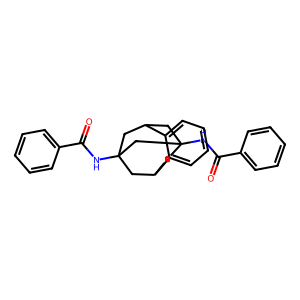
SMILES: O=C(NC12CC3CC(NC(=O)c4ccccc4)(CC(C1)c1ccccc13)C2)c1ccccc1
Inhibits HIV replication: No